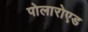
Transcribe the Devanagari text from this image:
पोलारोएड